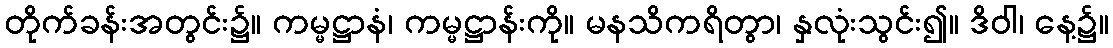
တိုက်ခန်းအတွင်း၌။ ကမ္မဋ္ဌာနံ၊ ကမ္မဋ္ဌာန်းကို။ မနသိကရိတွာ၊ နှလုံးသွင်း၍။ ဒိဝါ၊ နေ့၌။